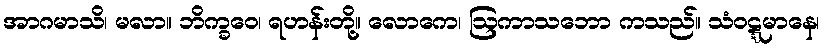
အာဂမာသိ၊ မလာ။ ဘိက္ခဝေ၊ ရဟန်းတို့။ လောကေ၊ ဩကာသဘော ကသည်။ သံဝဋ္ဋမာနေ၊